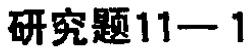
研究题11—1